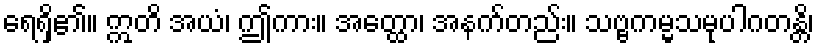
ရေရှိ၏။ ဣတိ အယံ၊ ဤကား။ အတ္ထော၊ အနက်တည်း။ သဗ္ဗကမ္မသမုပါဂတန္တိ၊